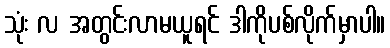
သုံး လ အတွင်းလာမယူရင် ဒါကိုပစ်လိုက်မှာပါ။